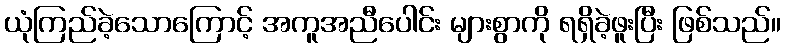
ယုံကြည်ခဲ့သောကြောင့် အကူအညီပေါင်း များစွာကို ရရှိခဲ့ဖူးပြီး ဖြစ်သည်။